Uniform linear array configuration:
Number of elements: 32
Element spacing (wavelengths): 0.75
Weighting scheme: binomial
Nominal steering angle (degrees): -45
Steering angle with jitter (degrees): -43.518
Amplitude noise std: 0.05
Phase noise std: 0.05

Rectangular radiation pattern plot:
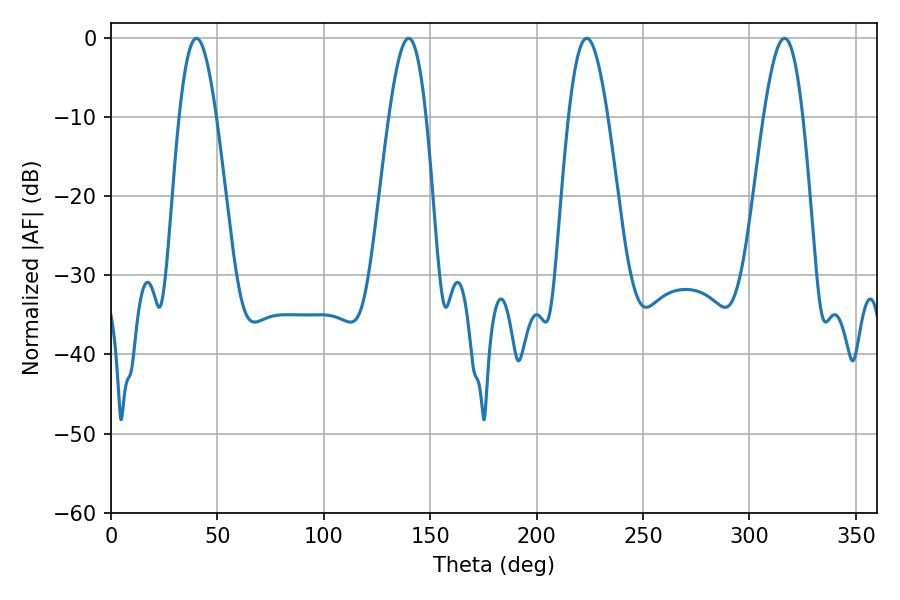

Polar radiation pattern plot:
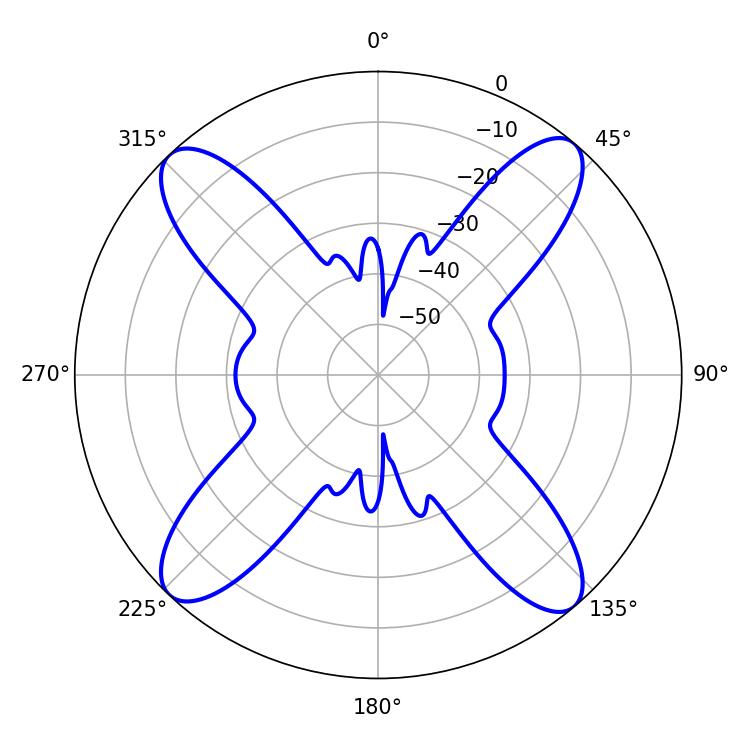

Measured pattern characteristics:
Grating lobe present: TRUE
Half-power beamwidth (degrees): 9.36
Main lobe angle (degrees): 40.14